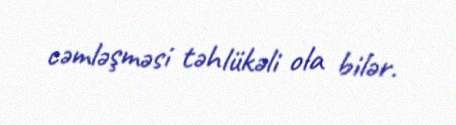
cəmləşməsi təhlükəli ola bilər.